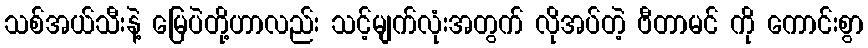
သစ်အယ်သီးနဲ့ မြေပဲတို့ဟာလည်း သင့်မျက်လုံးအတွက် လိုအပ်တဲ့ ဗီတာမင် ကို ကောင်းစွာ